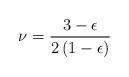
LaTeX: \begin{align*}\nu = {3 - \epsilon \over 2 \left(1 - \epsilon\right)}\end{align*}